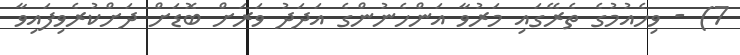
7) - ވިހެއުމުގެ ތެރޭގައި މަރުވާ އަންހެނުންގެ އަދަދު ވަރަށް ބޮޑަށް ދަށްކުރެވިފައިވާ